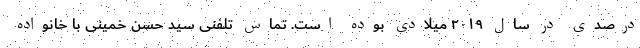
درصدی در سال ۲۰۱۹ میلادی بوده است. تماس تلفنی سید حسن خمینی با خانواده